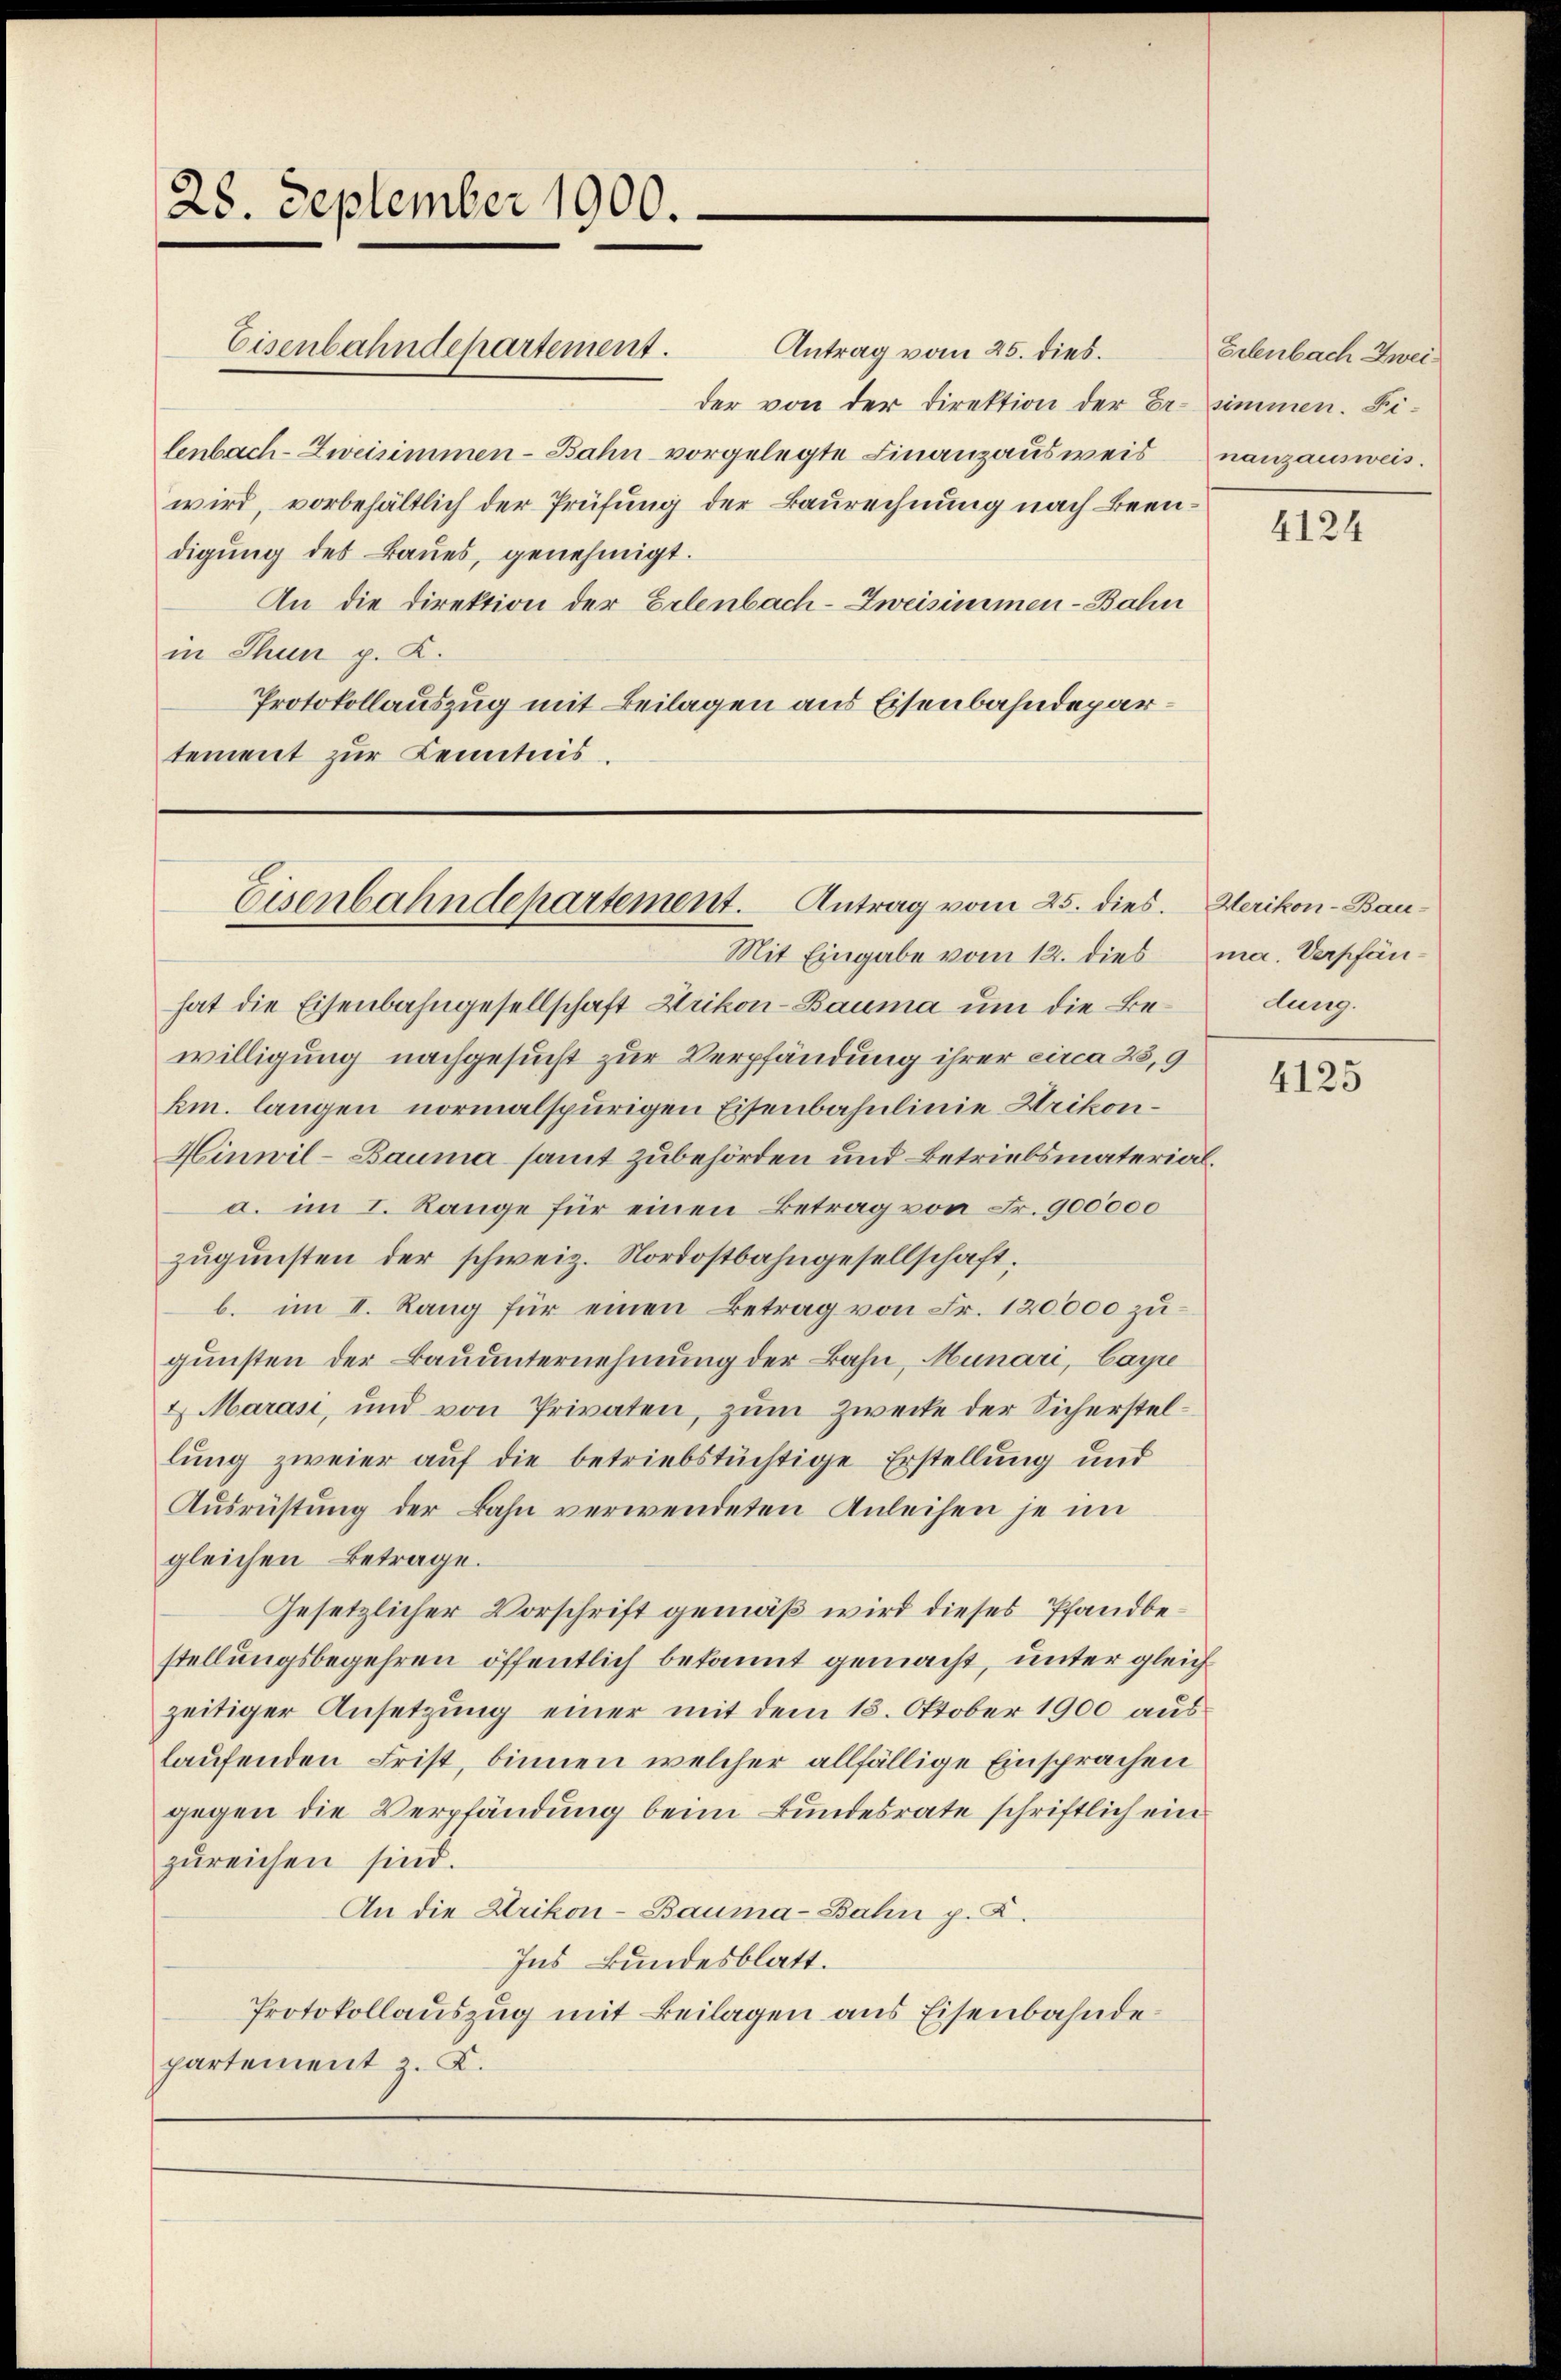
28. September 1900.

Eisenbahndepartement.
Antrag vom 25. dies.
der von der Direktion der Belenbach-Zweisimmen-Bahn vorgelegte Finanzausweis
wird, vorbehältlich der Prüfung der Baurechnung nach Beendigung des Baues, genehmigt.
An die Direktion der Erlenbach-Zweisimmen-Bahn
in Thun p. K.
Protokollauszug mit Beilagen aus Eisenbahndepartement zur Kenntnis.

Eisenbahndepartement. Antrag vom 25. dies. Herikon - Bau¬

Mit Eingabe vom 12. dies ma. Verpfänhat die Eisenbahngesellschaft Urikon-Bauma um die Bewilligung nachgesucht zur Verpfändung ihrer circa 23,9
km. langen normalspurigen Eisenbahnlinie Krikon¬
Hinwil-Bauma samt zubehörden und Betriebsmateriala. im I. Range für einen Betrag von Fr. 900000
zugunsten der schweiz. Nordostbahngesellschaft;
b. im II. Rang für einen Betrag von Fr. 120000 zugunsten der Bauunternehmung der Bahn, Munari, Capi
& Marasi, und von Privaten, zum Zwecke der Sicherstellung zweier auf die betriebstüchtige Erstellung und
Ausrüstung der Bahn verwendeten Anleihen je im
gleichen Betrage.
Gesetzlicher Vorschrift gemäß wird dieses Pfandbestellungsbegehren öffentlich bekannt gemacht, unter gleichzeitiger Ansetzung einer mit dem 18. Oktober 1900 aus
laufenden Frist, binnen welcher allfällige Einsprachen
gegen die Verpfändung beim Bundesrate schriftlich ein
zureichen sind.
An die Krikon-Bauma-Bahn p. C.
Ins Bundesblatt.
Protokollauszug mit Beilagen aus Eisenbahnde
partement z. K.

Erlenbach Zweisimmen. Finanzausweis.

4124

dung.

4125